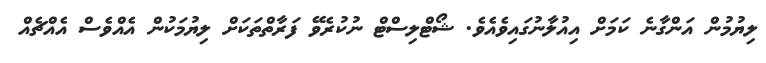
ލިޔުމުން އަންގާނެ ކަމަށް އިއުލާނުގައިވެއެވެ. ޝޯޓްލިސްޓް ނުކުރެވޭ ފަރާތްތަކަށް ލިޔުމަކުން އެއްވެސް އެއްޗެއް